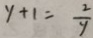
y + 1 = \frac { 2 } { y }